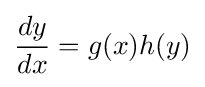
{\frac {dy}{dx}}=g(x)h(y)